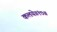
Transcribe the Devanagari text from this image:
कलये॥१७॥